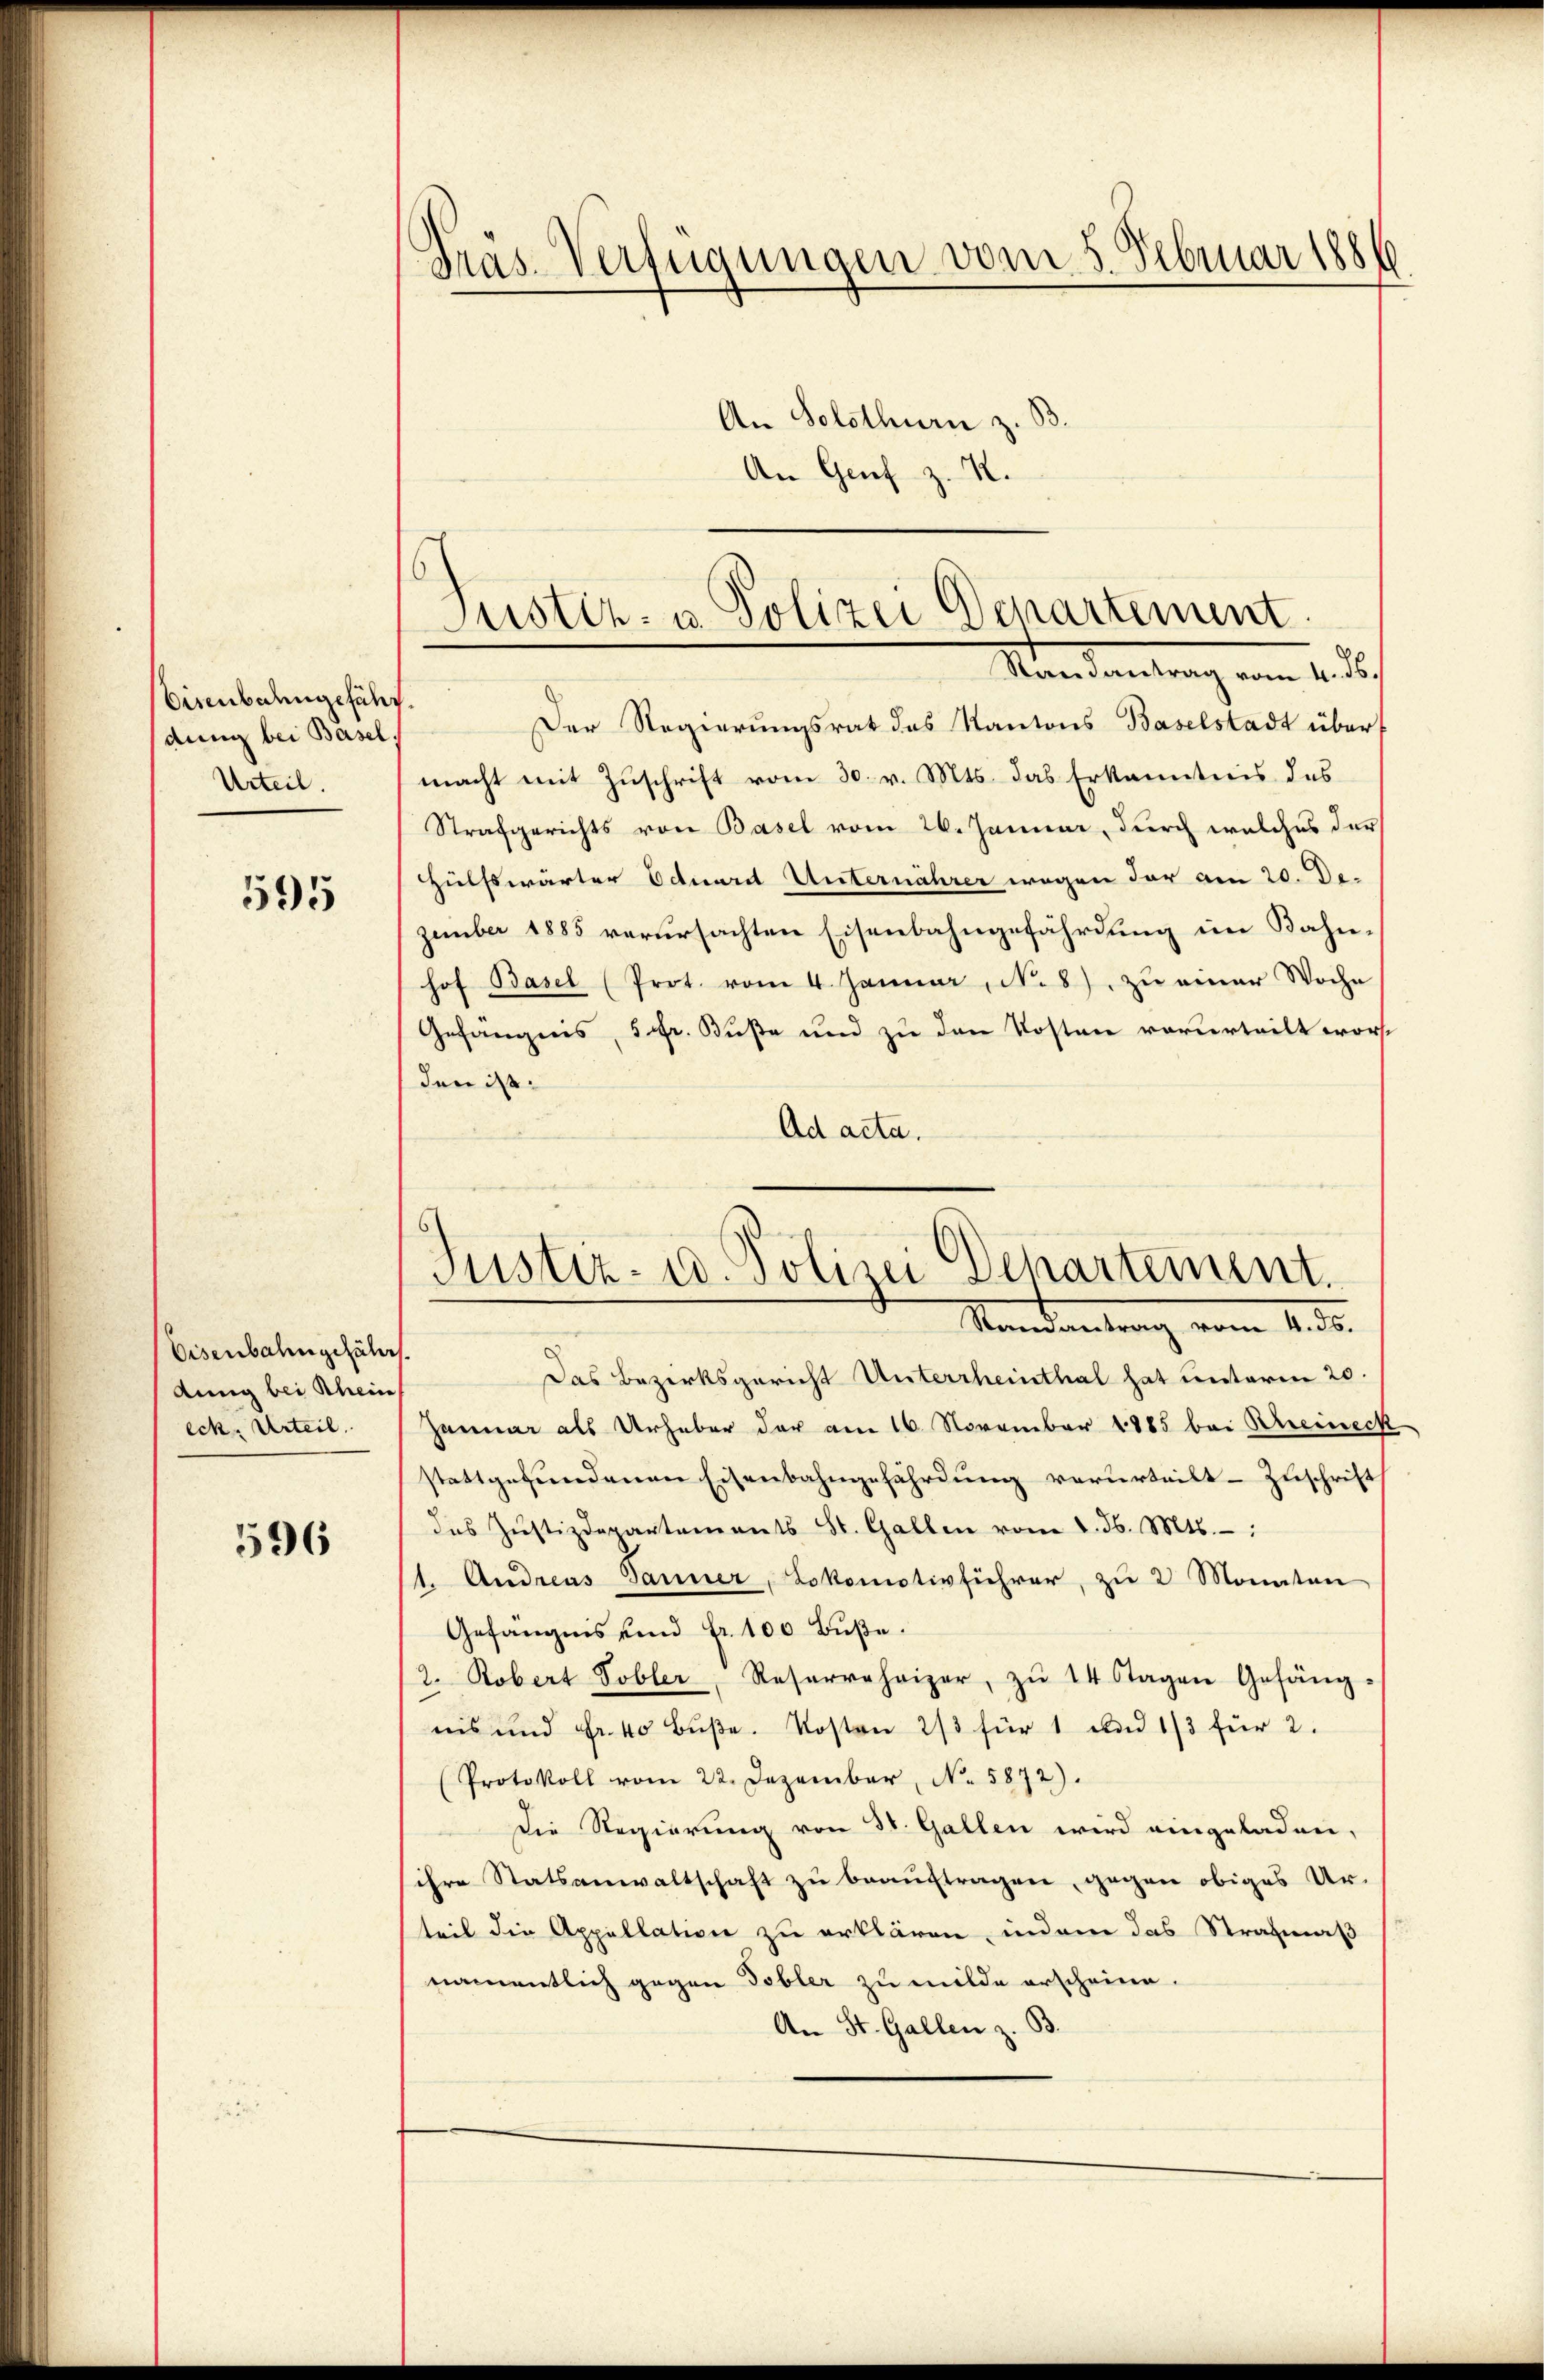
Eisenbahngefähr,
dung bei Basel.
Urteil.

595

Eisenbahngefährt.
dung bei Rhein
eck. Urteil.

596

Gras-Verfügungen vom 5. Februar 1886
An Solothurn z.

An Genf z. R.

Justiz- u. Polizei Departement
Randantrag vom 4. ds.

Der Regierungsrat das Kantons Baselstadt über
macht mit Zuschrift vom 30. v. Mts. das Erkanntnis des
Strafgerichts von Basel vom 26. Januar, durch welches der
Hülfswärter Eduard Unternährer wegen der den 20. De-
zember 1885 verursachten Eisenbahngefährdung im Bahnhof Basel (Prot. vom 4. Januar, N. 8) zu einer Woche
Gefängnis, 5 Fr. Buße und zu den Kosten vorurteilt worden ist.
Ad acta.

Das Bezirksgericht Unterrheinthal hat unterm 20.
Januar als Urheber der am 16. November 1885 bei Khreineck
stattgefundenen Eisenbahngefährdung verurteilt Zuschrift
des Jŭstizdepartements St. Gallen vom 1. d. Mts.:
1. Andreas Tanner, Lokomotivführer, zu 2 Monaten
Gefängnis und Fr. 100 Buße.
2. Robert Tobler, Resereheizer, zŭ 14 tagen Gefäng
nis und Fr. 40 Bŭβe. Kosten 2/3 für 1 und 1/3 für 2.
Protokoll vom 22. Dezember, No. 5872).
Die Regierung von 31. Gallen wird eingeladen,
ihre Statsanwaltschaft zu beauftragen, gegen obiges Urteil die Appellation zu erklären, indem das Strafmaß
namentlich gegen Tobler zu milde erscheine.
An St. Gallen z. B.

Justiz- u. Polizei Departement.
Standentrag vom 1. d.